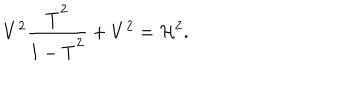
V ^ { 2 } { \frac { \dot { T } ^ { 2 } } { 1 - \dot { T } ^ { 2 } } } + V ^ { 2 } = { \cal H } ^ { 2 } .